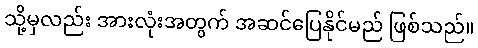
သို့မှလည်း အားလုံးအတွက် အဆင်ပြေနိုင်မည် ဖြစ်သည်။